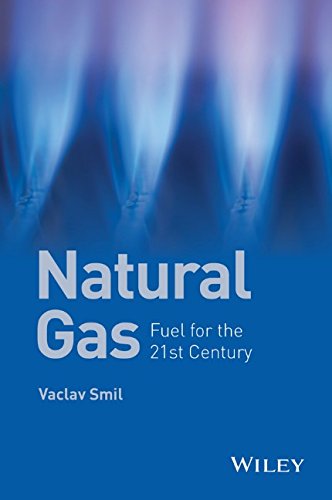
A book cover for Natural Gas: Fuel for the 21st Century; Vaclav Smil; Business & Money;